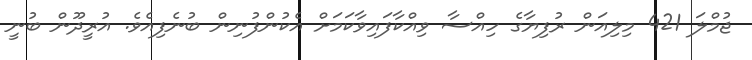
ޖުމްލަ 421 މިލިއަން ރުފިޔާގެ ހިއްސާ ވިއްކާފައިވާކަމަށް އެކުންފުނިން ބުނެފިއެވެ. އުރީދޫން ބުނީ